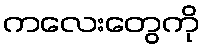
ကလေးတွေကို